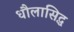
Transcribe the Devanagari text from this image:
धौलासिद्ध